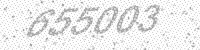
Solution: 655003